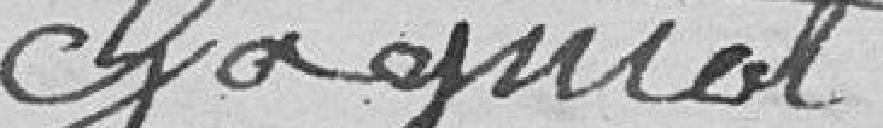
[signature] Chagniot